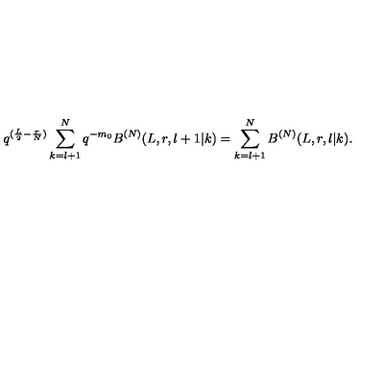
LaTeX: q ^ { ( \frac { L } { 2 } - \frac { r } { N } ) } \sum _ { k = l + 1 } ^ { N } q ^ { - m _ { 0 } } B ^ { ( N ) } ( L , r , l + 1 | k ) = \sum _ { k = l + 1 } ^ { N } B ^ { ( N ) } ( L , r , l | k ) .